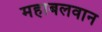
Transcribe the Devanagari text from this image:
महाबलवान